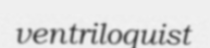
ventriloquist